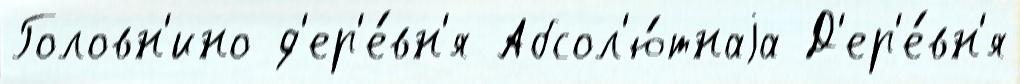
Головн'ино д'ер'е́вн'я Абсол'ю́тнаjа Д'ер'е́вн'я